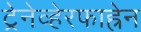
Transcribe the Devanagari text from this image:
ट्रेनेव्हेरफाह्रेन